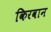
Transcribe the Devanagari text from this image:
किरवान